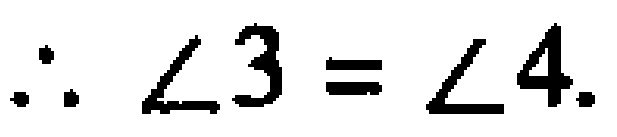
\(\therefore \angle3 = \angle4.\)